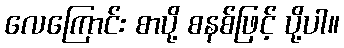
လေကြောင်း စာပို့ စနစ်ဖြင့် ပို့ပါ။